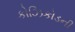
કોઝિકોડની